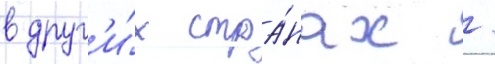
в друг'и́х стра́нах /